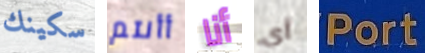
سكينك أأنتم أنا أي Port